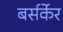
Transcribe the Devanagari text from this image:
बर्सर्केर